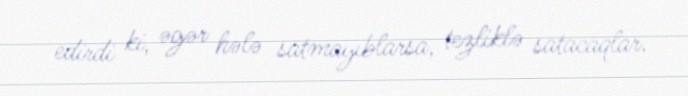
edirdi ki, əgər hələ satmayıblarsa, tezliklə satacaqlar.